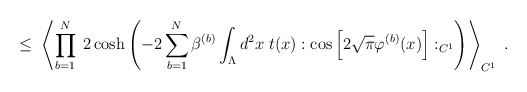
\begin{align*}\leq \;\left\langle \prod_{b=1}^N \; 2 \cosh \left( -2 \sum_{b=1}^N \beta^{(b)}\int_{\Lambda} d^2 x \; t(x): \cos\Big[ 2 \sqrt{\pi} \varphi^{(b)}(x) \Big] :_{C^1} \right)\right\rangle_{C^1}\; .\end{align*}